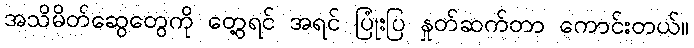
အသိမိတ်ဆွေတွေကို တွေ့ရင် အရင် ပြုံးပြ နှုတ်ဆက်တာ ကောင်းတယ်။